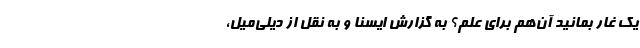
یک غار بمانید آن‌هم برای علم؟ به گزارش ایسنا و به نقل از دیلی‌میل،